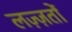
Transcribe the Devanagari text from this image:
लज़्ज़तों